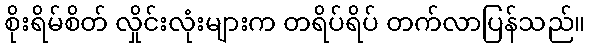
စိုးရိမ်စိတ် လှိုင်းလုံးများက တရိပ်ရိပ် တက်လာပြန်သည်။